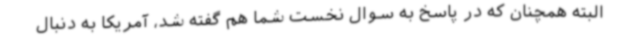
البته همچنان که در پاسخ به سوال نخست شما هم گفته شد، آمریکا به دنبال